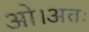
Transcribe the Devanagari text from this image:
ओ।अतः